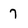
Character: 7